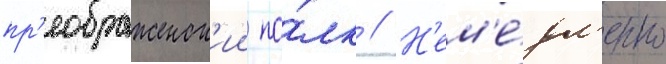
пр'еображенск'ии по́лк // Н'ем'е́дл'енно